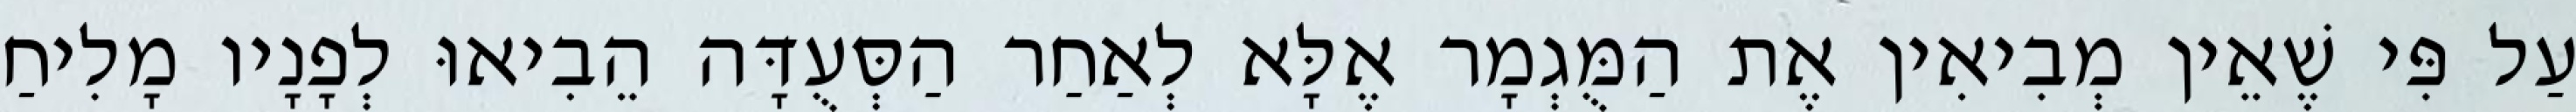
עַל פִּי שֶׁאֵין מְבִיאִין אֶת הַמֻּגְמָר אֶלָּא לְאַחַר הַסְּעֻדָּה הֵבִיאוּ לְפָנָיו מָלִיחַ